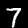
Digit: 7